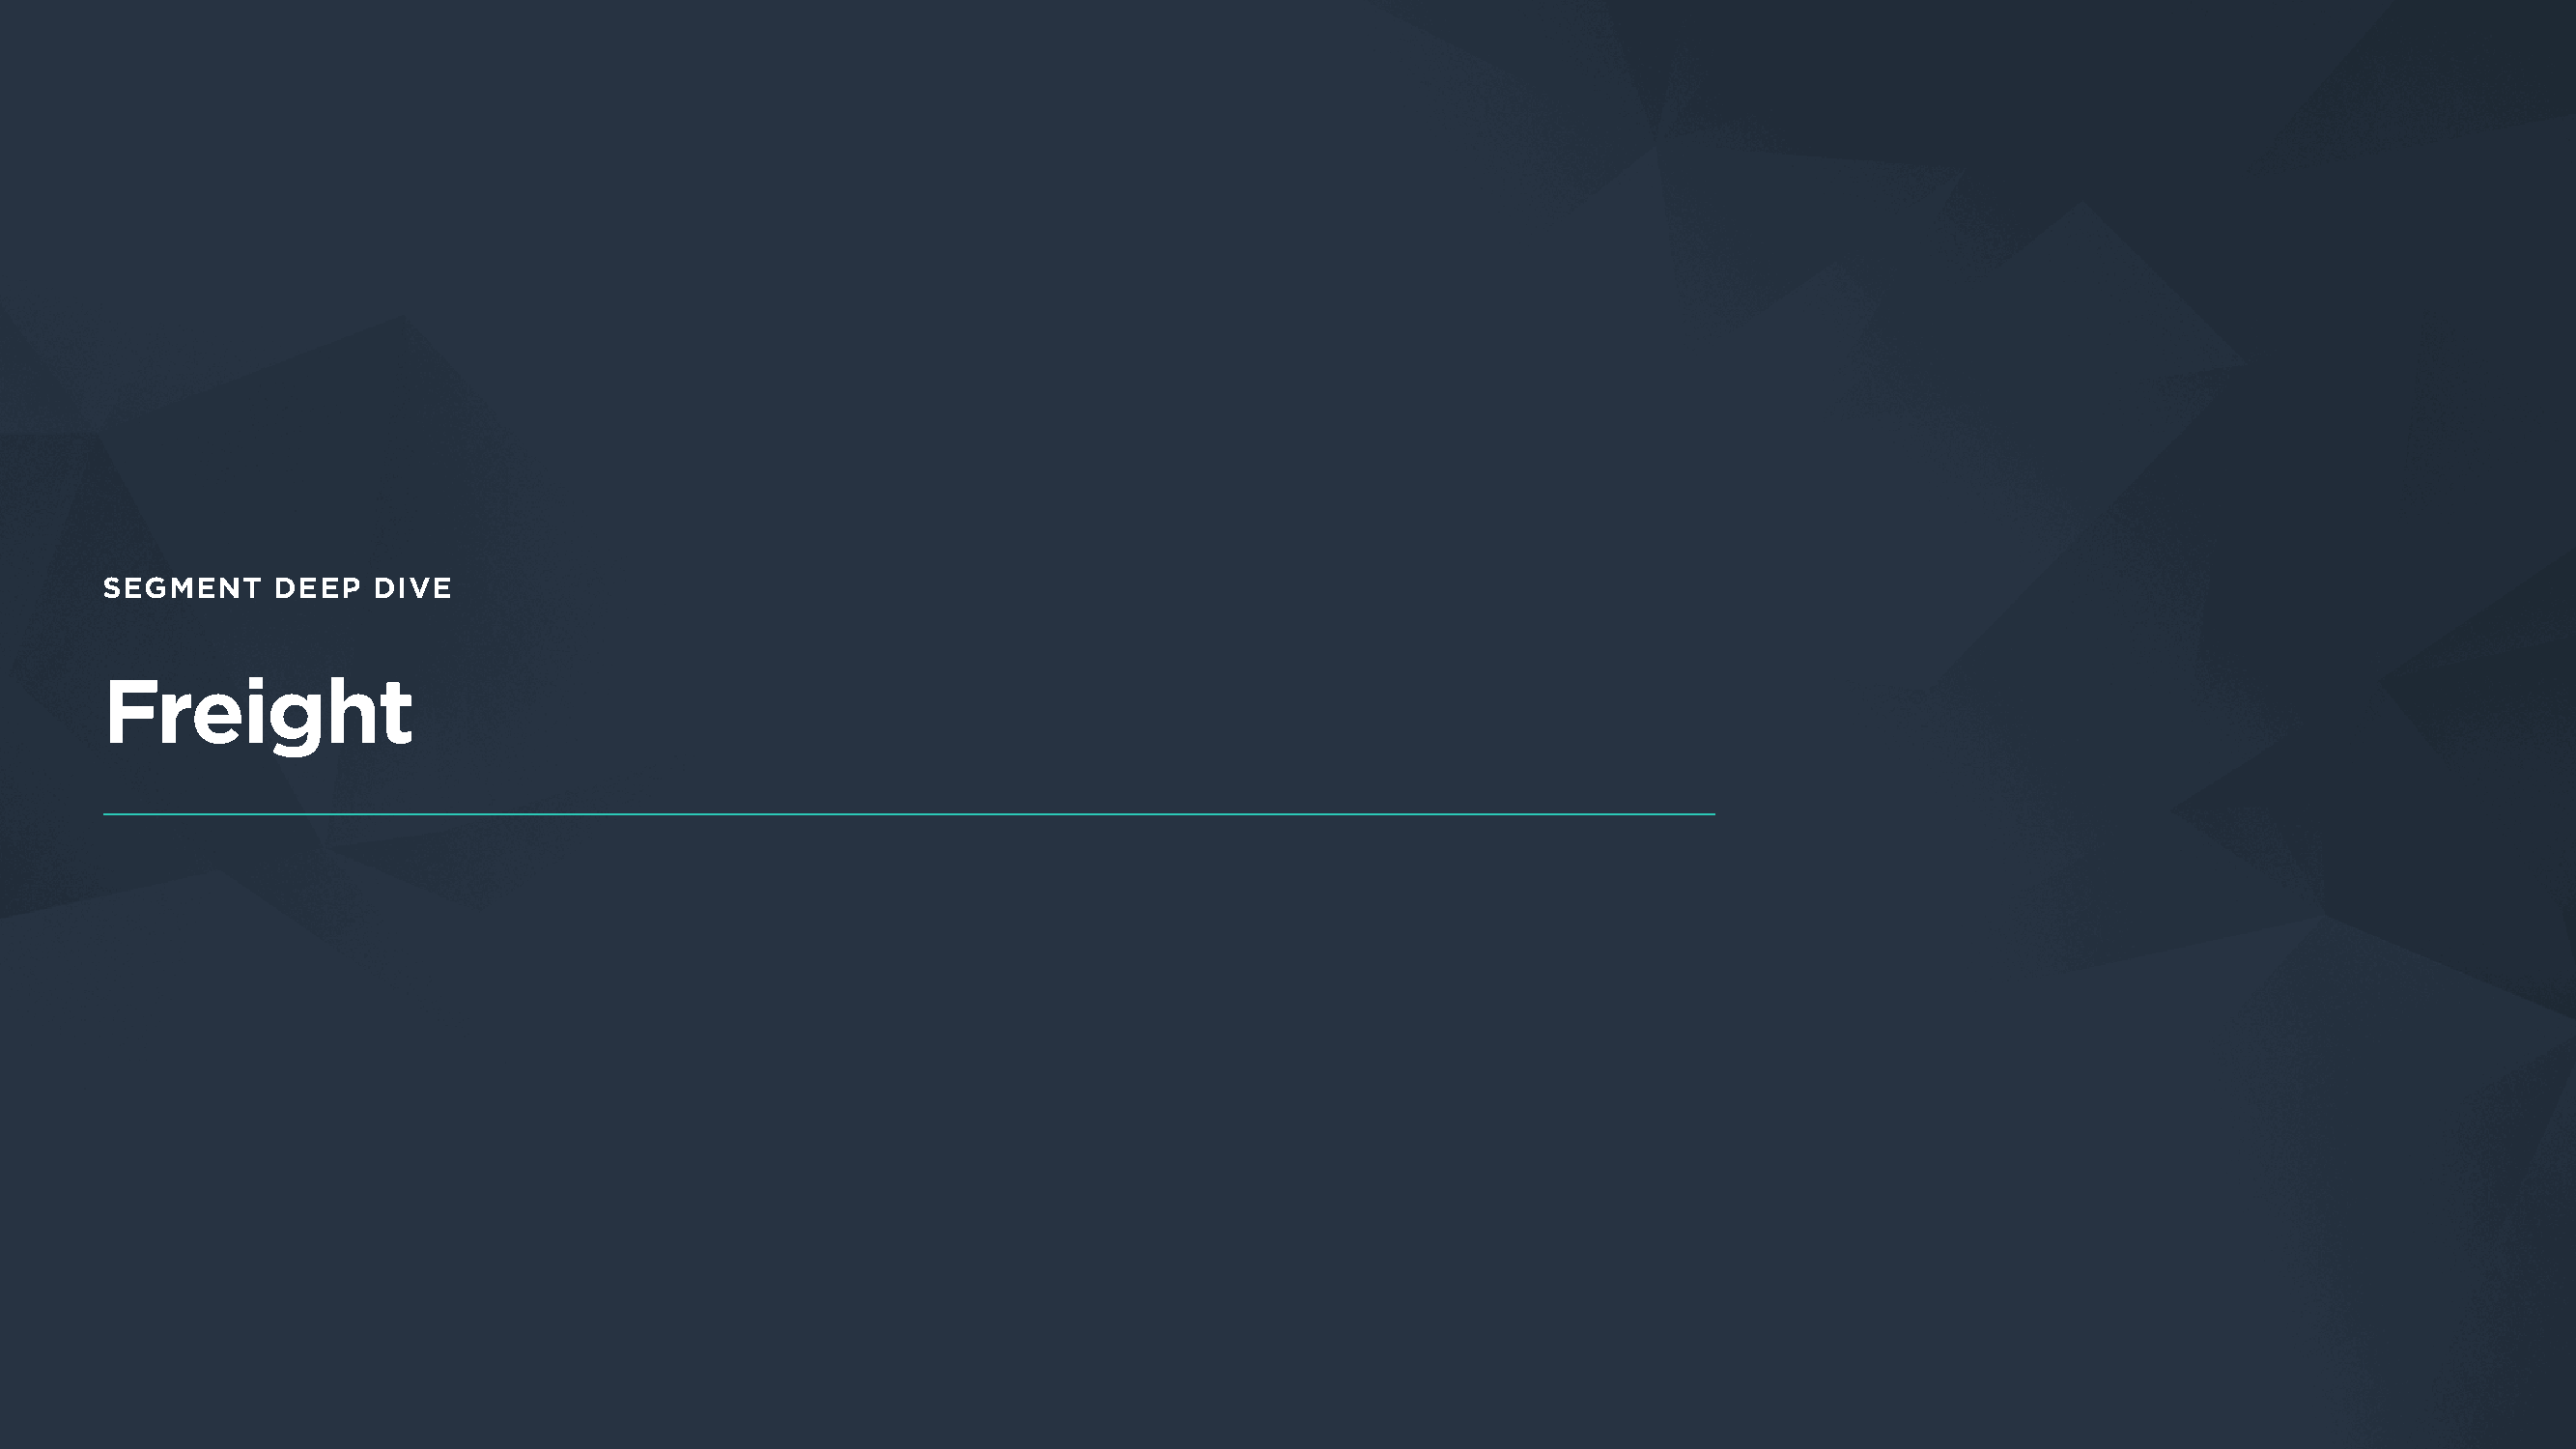
SEGMENT     DEEP   DIVE
 Freight
 PitchBook Emerging Tech Report: Supply Chain Tech                                                                            CONFIDENTIAL. NOT FOR REDISTRIBUTION. PG 21